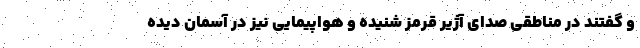
و گفتند در مناطقی صدای آژیر قرمز شنیده و هواپیمایی نیز در آسمان دیده